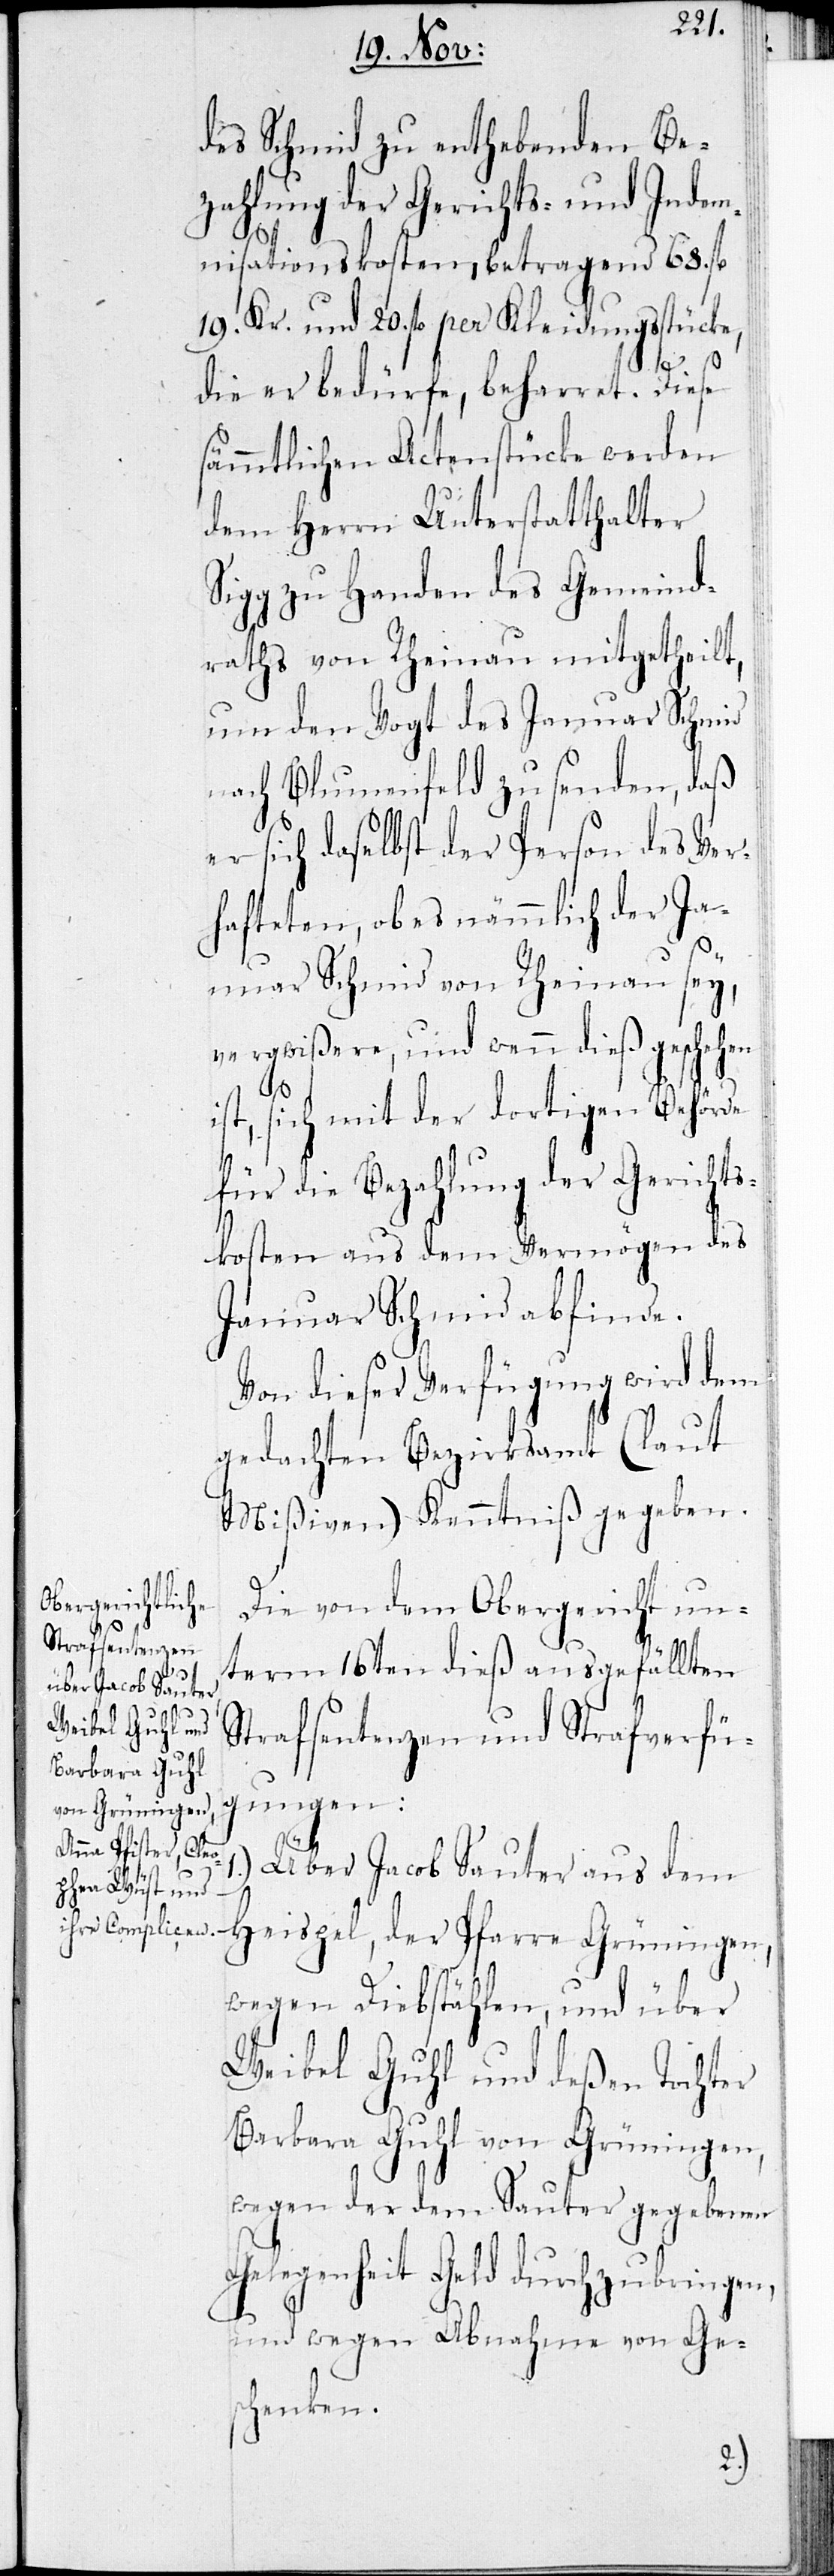
des Schmid zu enthebenden Be¬
zahlung der Gerichts- und Indem¬
nisationskosten, betragend 68. fl.
19. Kr. und 20 fl. per Kleidungsstücke,
s¬
die er bedürfe, beharret. Diese
ämmtlichen Actenstücke werden
dem Herrn Unterstatthalter
Sigg zu Handen des Gemeind¬
raths von Rheinau mitgetheilt,
um den Vogt des Januar Schmid
nach Blumenfeld zu senden, daß
sich daselbst der Person des Ver¬
hafteten, ob es nämmlich der Ja¬
nuar Schmid von Rheinau sey,
vergwißere, und wenn dieß geschehen
ist, sich mit der dortigen Behörde
für die Bezahlung der Gerichts¬
kosten aus dem Vermögen des
Januar Schmid abfinde.
Von dieser Verfügung wird dem
gedachten Bezirksamt (laut
Mißiven) Kenntniß gegeben.
Die von dem Obergericht un¬
term 16ten dieß ausgefällten
Strafsentenzen und Strafverfü¬
gungen:
1.) Über Jacob Sauter aus dem
Heispel, der Pfarre Grüningen,
wegen Diebstählen, und über
Weibel Guhl und deßen Tochter
Barbara Guhl von Grüningen,
wegen der dem Sauter gegebenen
Gelegenheit Geld durchzubringen,
und wegen Abnahme von Gesc¬
henken.